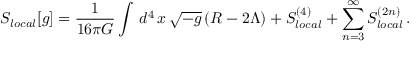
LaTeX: S _ { l o c a l } [ g ] = { \frac { 1 } { 1 6 \pi G } } \int \, d ^ { 4 } \, x \, \sqrt { - g } \, ( R - 2 \Lambda ) + S _ { l o c a l } ^ { ( 4 ) } + \sum _ { n = 3 } ^ { \infty } S _ { l o c a l } ^ { ( 2 n ) } \, .